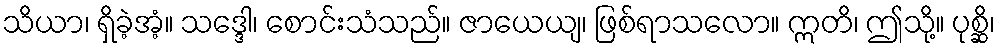
သိယာ၊ ရှိခဲ့အံ့။ သဒ္ဒေါ၊ စောင်းသံသည်။ ဇာယေယျ၊ ဖြစ်ရာသလော။ ဣတိ၊ ဤသို့။ ပုစ္ဆိ၊